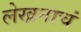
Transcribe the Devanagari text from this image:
लेखनाचं